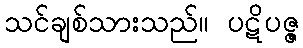
သင်ချစ်သားသည်။ ပဋိပဇ္ဇ